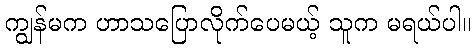
ကျွန်မက ဟာသပြောလိုက်ပေမယ့် သူက မရယ်ပါ။